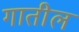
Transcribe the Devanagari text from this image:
गातील